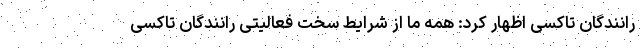
رانندگان تاکسی اظهار کرد: همه ما از شرایط سخت فعالیتی رانندگان تاکسی